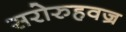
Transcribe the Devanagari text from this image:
सरोरुहवज्र